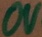
Text: 0V